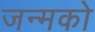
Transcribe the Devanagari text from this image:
जन्मको